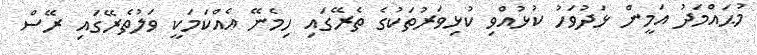
މުޙައްމަދު އަމީން ޅަދުވަހު ކުޅުއްވި ކުޅިވަރުތަކުގެ ތެރޭގައި ހިމެނޭ އެއްކަމަކީ ވަލުތެރޭގައި ރޭސް